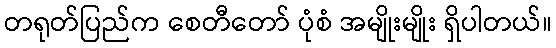
တရုတ်ပြည်က စေတီတော် ပုံစံ အမျိုးမျိုး ရှိပါတယ်။